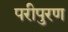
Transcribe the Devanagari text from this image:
परीपुरण